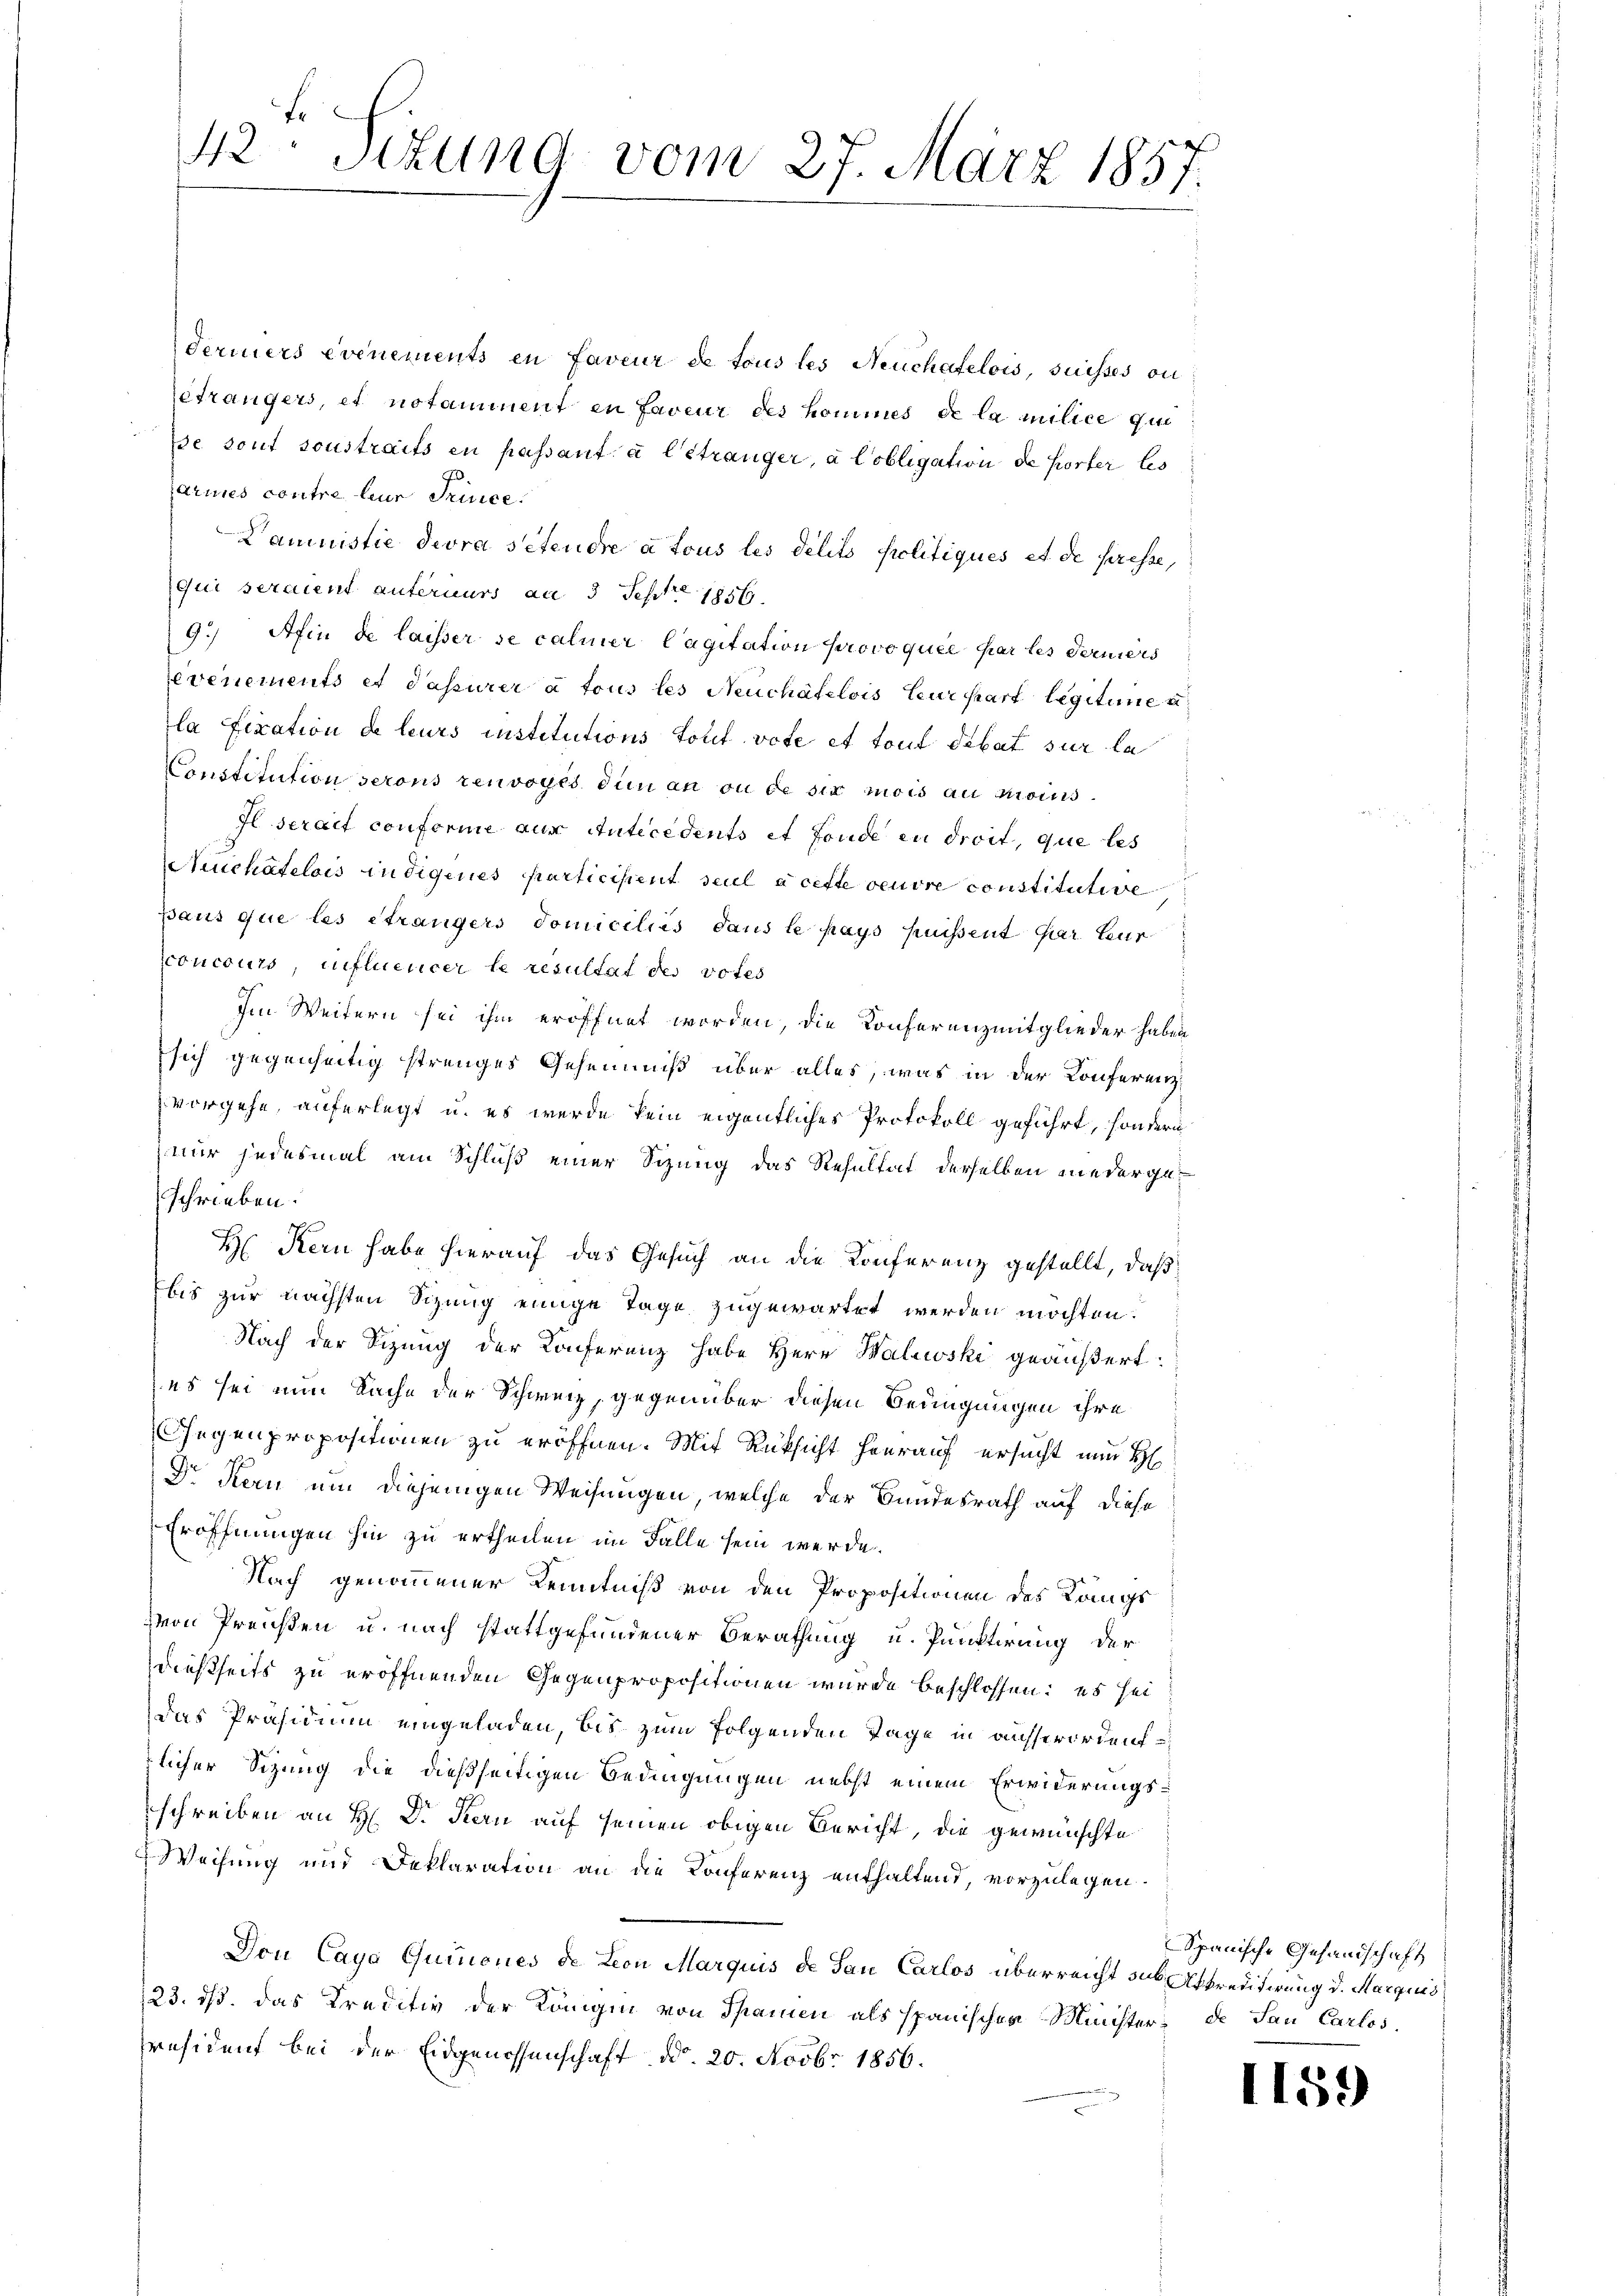
Feriers evenements en faveur de tous les Neuchatelois, suisses ou
eträngers, et notamment in faveur des kommes de la milice que
e sont sonstraits en passant à l’étranger, à lobligation de porter les
armes contre leur Prince
Damuistie devra sitendre a tous les délits Politiques et de presse,
qui seraient anfernurs an 3 Septe 1856.
9.) Afin de laisser se caliner Cagitation provoquée par les derniers
evenements et Passurer à tous les Neuchâtelois leur hart legitime u
la Fixation de leurs institutions Torf vote et tout debat sur le
Constitution serons renvoyés den an ou de six mois au moins
Il serait conforme aus Antecedents et Fonde in droit, que les
Neuchâtelois indigenes participient seul a cette veuvre constitutive
pans que les étrangers domiciliis dans le pays puissent par teur
concours, influencer le resultat des votes
Im Weitern sei ihm eröffnet worden, die Konferenzmitglieder haben
sich gegenseitig strenges Geheimniß über alles, was in der Konferenzvorgehe, auferlegt u. es werde kein eigentliches Protokoll geführt, sondern
nur jedesmal am Schluß einer Sitzung das Resultat derselben niedergeschrieben.
H Kern habe hierauf das Gesuch an die Konferenz gestellt, daß
Ebis zur nächsten Sizung einige Tage zugewartet werden möchten.
Nach der Sizung der Conferenz habe Herr Halioski geäußert:
es sei nun Sache der Schweiz, gegenüber diesen Bedingungen ihre
Gegenpropositionen zu eröffnen. Mit Rüksicht hierauf ersucht nun H
Dr Kern um diejenigen Weisungen, welche der Bundesrath auf diese
Eröffnungen hin zu ertheilen im Falle sein werde.
Nach genommener Kenntniß von den Propositionen des Längs
von Preißen u. nach stattgefundener Berathung u. Punktirung der
dießseits zu eröffnenden Gegenpropositionen wurde beschlossen: es sei
das Präsidium eingeladen, bis zum Folgenden Tage in ausserorden
zlicher Sizung die dießseitigen Bedingungen nebst einem Erwiderungsschreiben an H. Dr. Kern auf seinen obigen Bericht, die gewünschte
Weisung und Deklaration an die Konferenz enthaltend, vorzulegen.
Von Cayo Quinones de Leon Marquis de Sau Carlos überreicht sub Atkreditirung d. Margius
23. ds. Das Kreditiv der Königin von Spanien als spanischen Minister de San Carlos.
Präsident bei der Eidgenossenschaft d. 20. Novbr. 1856.

f.
42. Situng vom 27. März 1857.

Spanische Gesandschaft

1159